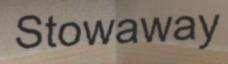
Stowaway